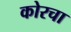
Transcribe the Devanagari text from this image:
कोरचा